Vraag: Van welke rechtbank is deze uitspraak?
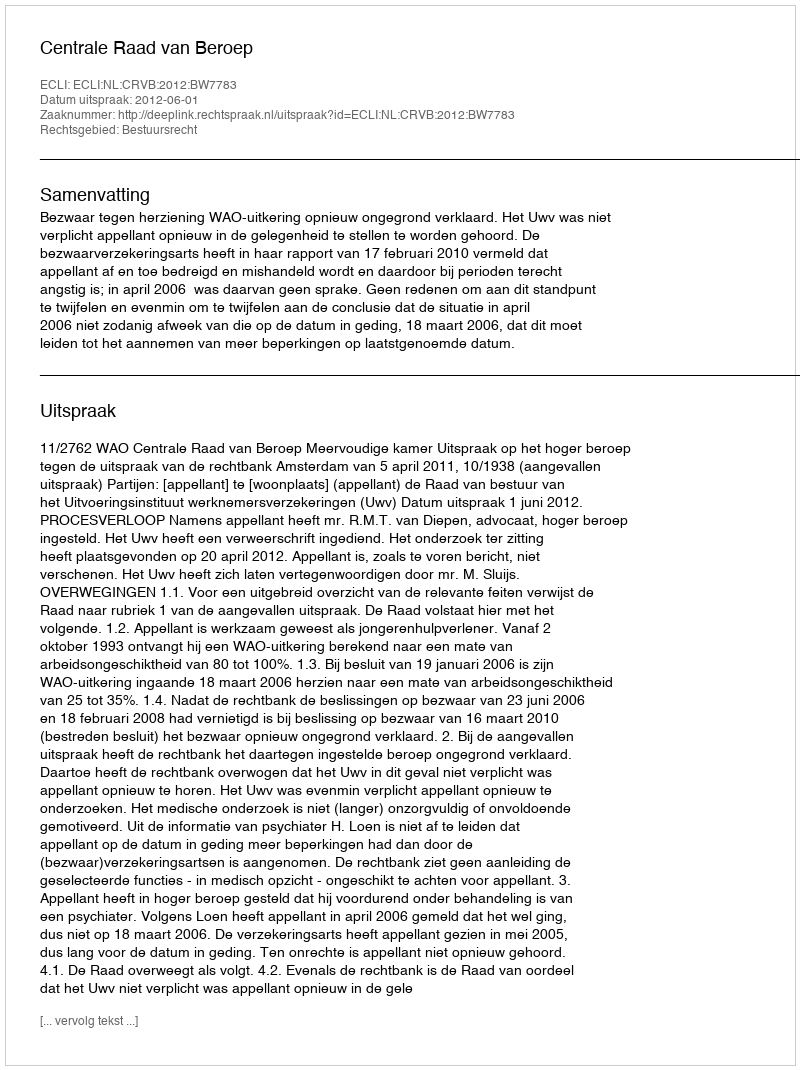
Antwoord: Centrale Raad van Beroep